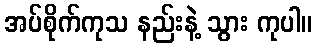
အပ်စိုက်ကုသ နည်းနဲ့ သွား ကုပါ။